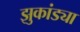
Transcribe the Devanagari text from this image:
झुकांड्या